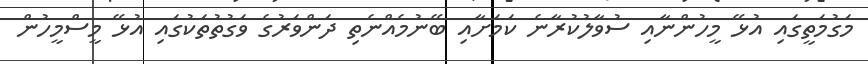
މަގުމަތީގައި އުޅޭ މީހުންނާއި ސުވާލުކުރާނެ ކަމަށާއި ބޭނުމެއްނެތި ދަންވަރުގެ ވަގުތުތަކުގައި އުޅޭ މީސްމީހުން